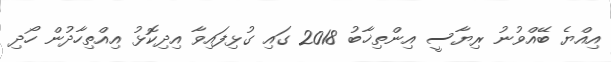
އިއްޔެ ބޭއްވުނު ރިޔާސީ އިންތިޚާބު 2018 ގައި ގުޅިފައިވާ އިދިކޮޅު އިއްތިހާދުން ހޯދި